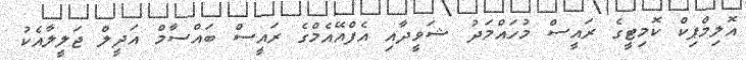
އޮލިމްޕިކް ކޮމިޓީގެ ރައީސް މުހައްމަދު ޝަވީދާއި އެފްއޭއެމްގެ ރައީސް ބައްސާމް އަދީލް ޖަލީލާއެކު